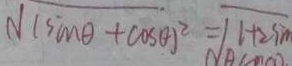
\sqrt { ( \sin \theta + \cos \theta ) ^ { 2 } } = \sqrt { 1 + 2 \sin }